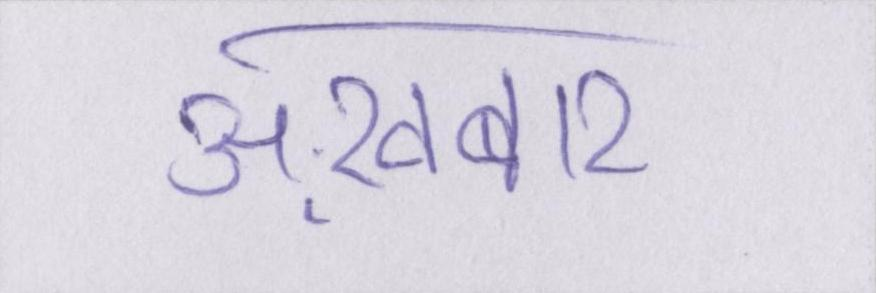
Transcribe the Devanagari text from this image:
अख़बार